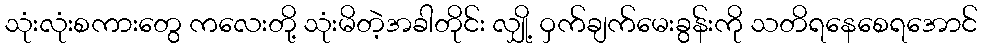
သုံးလုံးစကားတွေ ကလေးတို့ သုံးမိတဲ့အခါတိုင်း လျှို့ ဝှက်ချက်မေးခွန်းကို သတိရနေစေရအောင်